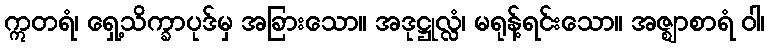
ဣတရံ၊ ရှေ့သိက္ခာပုဒ်မှ အခြားသော။ အဒုဋ္ဌုလ္လံ၊ မရုန့်ရင်းသော။ အဇ္ဈာစာရံ ဝါ၊